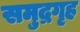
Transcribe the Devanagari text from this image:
समुद्रगृह